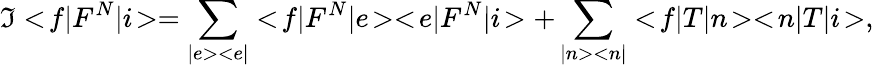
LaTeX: \Im<\! f|F^{N}|i\! >=\sum_{|e><e|}<\! f|F^{N}|e\! ><\! e|F^{N}|i\! >+\sum_{|n><n|}<\! f|T|n\! ><\! n|T|i\! >,